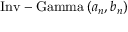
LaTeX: { \mathrm { I n v - G a m m a } } \left( a _ { n } , b _ { n } \right)